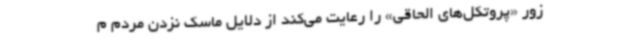
زور «پروتکل‌های الحاقی» را رعایت می‌کند از دلایل ماسک نزدن مردم م